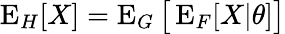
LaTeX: \operatorname{E}_{H}[X]=\operatorname{E}_{G}{\bigl[}\operatorname{E}_{F}[X|\theta]{\bigr]}